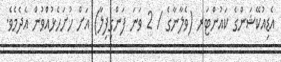
އެޑިއުކޭޝަންގެ ކައުންޓަރ (ވެލާނާގެ / 2 ވަނަ ފަންގިފިލާ) އަށް ހުށަހެޅުއްވުން އެދެމެވެ.